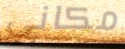
مكاني